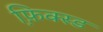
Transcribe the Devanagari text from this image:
फ़ि़क्स्ड